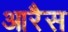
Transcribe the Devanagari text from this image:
आरैस